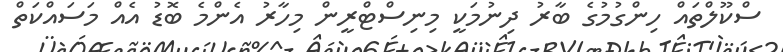
ސްކޫލްތައް ހިންގުމުގެ ބާރު ދިނުމަކީ މިނިސްޓްރީން މިހާރު އެންމެ ބޮޑު އެއް މަސައްކަތް